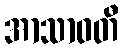
အာသာဝတီ